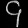
Digit: ၄